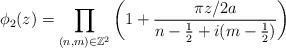
LaTeX: \begin{align*}\phi_{2}(z)=\prod_{(n,m)\in \mathbb{Z}^{2}}\left( 1+\dfrac{\pi z/2a}{n-\frac{1}{2}+i(m-\frac{1}{2})}\right)\end{align*}